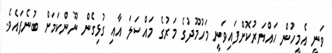
ވަނީ އެމީހުން ހައްޔަރުކޮށްފައިވަނީ މަހުމޫދުގެ މަރުގެ މައްސަލަ އާއި ގުޅިގެން ނޫންކަމަށް ބުނެފައެވެ.